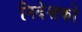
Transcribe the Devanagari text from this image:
निदेशको